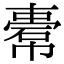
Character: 𢄿